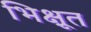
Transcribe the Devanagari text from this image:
भिक्षूत